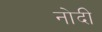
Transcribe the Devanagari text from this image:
नोदी